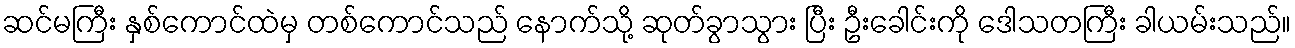
ဆင်မကြီး နှစ်ကောင်ထဲမှ တစ်ကောင်သည် နောက်သို့ ဆုတ်ခွာသွား ပြီး ဦးခေါင်းကို ဒေါသတကြီး ခါယမ်းသည်။